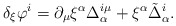
\begin{align*}\delta_{\xi } \varphi^{i} = \partial_{\mu } \xi ^{\alpha} \Delta ^{i\mu}_{\alpha } + \xi ^{\alpha} \tilde{\Delta}^{i}_{\alpha }.\end{align*}